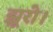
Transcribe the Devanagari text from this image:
झूरो।